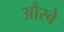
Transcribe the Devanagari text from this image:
औरवे